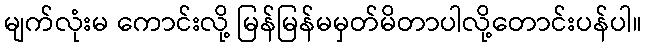
မျက်လုံးမ ကောင်းလို့ မြန်မြန်မမှတ်မိတာပါလို့တောင်းပန်ပါ။